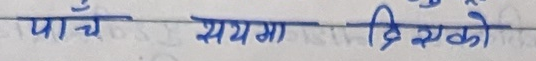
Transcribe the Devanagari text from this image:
पाँच समयमा दिएको